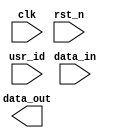
module user_locked_register(data_out, usr_id, data_in, clk, rst_n);
output reg [7:0] data_out;
input wire [1:0] usr_id;
input wire [7:0] data_in;
input wire clk, rst_n;

//write data_in to data_out only when usr_id is 2'h2
//-copilot next line-


endmodule